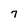
Character: 7